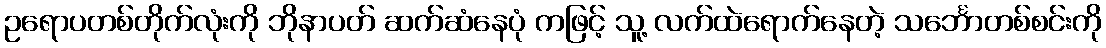
ဥရောပတစ်တိုက်လုံးကို ဘိုနာပတ် ဆက်ဆံနေပုံ ကဖြင့် သူ့ လက်ထဲရောက်နေတဲ့ သင်္ဘောတစ်စင်းကို